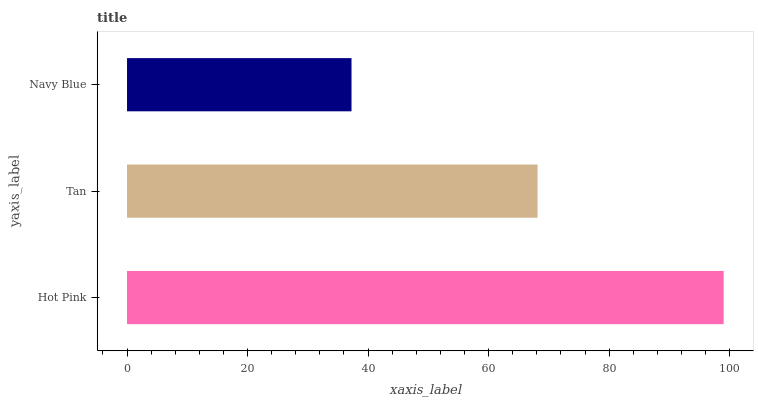
| yaxis_label | bars |
 | --- | --- |
 | Hot Pink | 99 |
 | Tan | 68.1 |
 | Navy Blue | 37.2 |